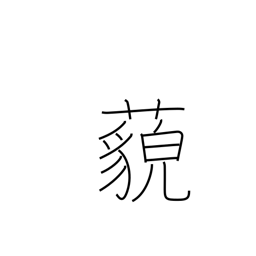
Meaning: far away